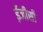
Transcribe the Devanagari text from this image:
ईजीसी